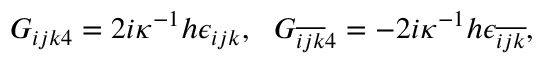
G _ { i j k 4 } = 2 i \kappa ^ { - 1 } h \epsilon _ { i j k } , ~ ~ G _ { \overline { { { i j k } } } 4 } = - 2 i \kappa ^ { - 1 } h \epsilon _ { \overline { { { i j k } } } } ,